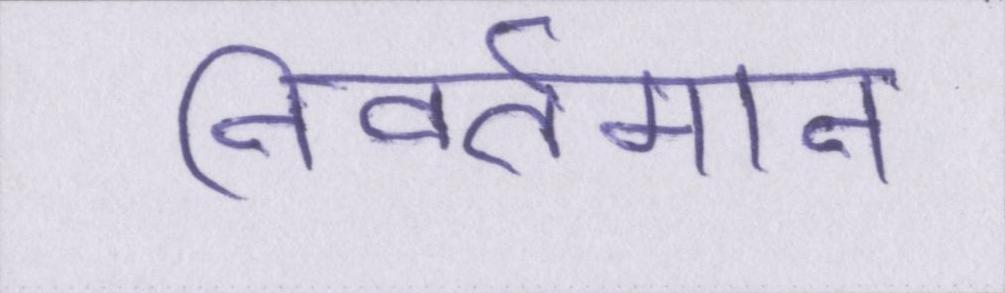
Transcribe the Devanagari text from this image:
निवर्तमान